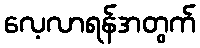
လေ့လာရန်အတွက်